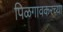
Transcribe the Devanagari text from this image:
पिळगावकरच्या